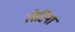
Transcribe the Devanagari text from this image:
लेटिना